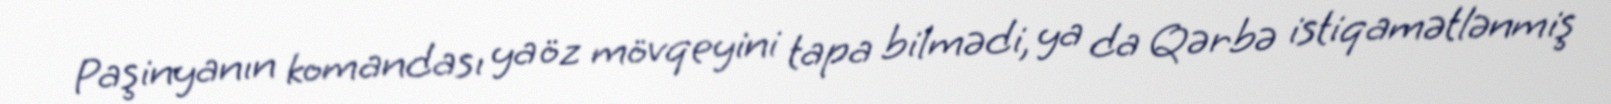
Paşinyanın komandası ya öz mövqeyini tapa bilmədi, ya da Qərbə istiqamətlənmiş